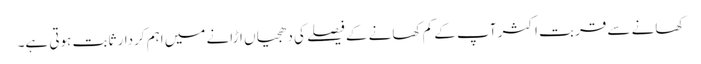
کھانے سے قربت اکثر آپ کے کم کھانے کے فیصلے کی دھجیاں اڑانے میں اہم کردار ثابت ہوتی ہے۔